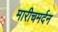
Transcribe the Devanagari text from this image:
मारीचमर्दन